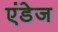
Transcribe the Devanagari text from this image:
एंडेज